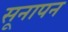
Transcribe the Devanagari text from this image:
सूनापन